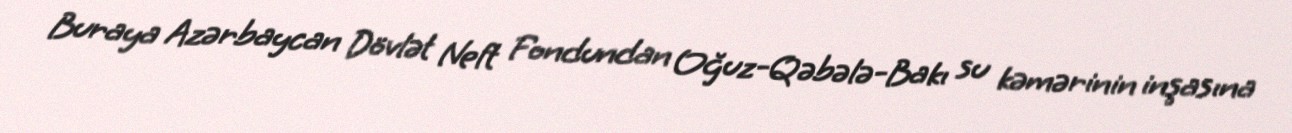
Buraya Azərbaycan Dövlət Neft Fondundan Oğuz-Qəbələ-Bakı su kəmərinin inşasına